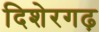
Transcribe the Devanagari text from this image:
दिशेरगढ़